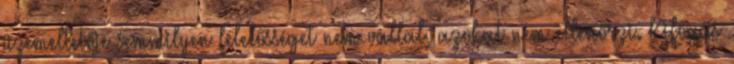
üzemeltetője semmilyen felelősséget nem vállal, azokat nem ellenőrzi. Kifogás